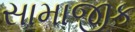
સામાજીક